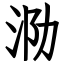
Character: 泐